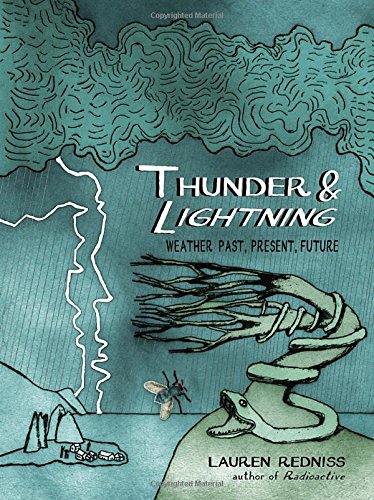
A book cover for Thunder & Lightning: Weather Past, Present, Future; Lauren Redniss; Comics & Graphic Novels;